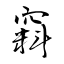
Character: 窲